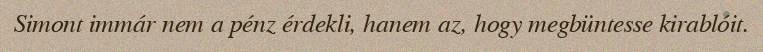
Simont immár nem a pénz érdekli, hanem az, hogy megbüntesse kirablóit.